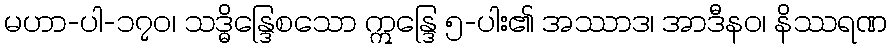
မဟာ-ပါ-၁၇၀၊ သဒ္ဓိန္ဒြေစသော ဣန္ဒြေ ၅-ပါး၏ အဿာဒ၊ အာဒီနဝ၊ နိဿရဏ